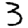
Digit: 3